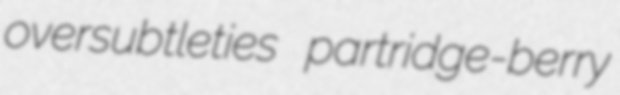
oversubtleties partridge-berry